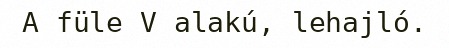
A füle V alakú, lehajló.